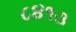
૮૪૧૩